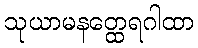
သုယာမနတ္ထေရဂါထာ